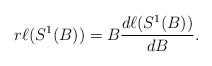
LaTeX: \begin{align*}r \ell(S^1(B)) = B \frac{d \ell(S^1(B))}{dB}.\end{align*}